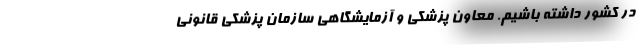
در کشور داشته باشیم. معاون پزشکی و آزمایشگاهی سازمان پزشکی قانونی